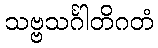
သဗ္ဗသင်္ဂါတိဂတံ